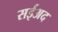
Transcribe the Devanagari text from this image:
सईअद